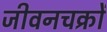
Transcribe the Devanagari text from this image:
जीवनचक्रों